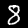
Label: 8